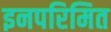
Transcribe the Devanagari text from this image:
इनपरिमित